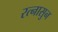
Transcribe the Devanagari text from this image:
रत्‍नासुन